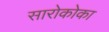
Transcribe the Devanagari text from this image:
सारोकोका